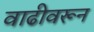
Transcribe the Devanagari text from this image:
वाढीवरून